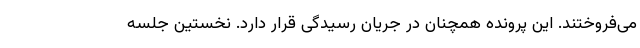
می‌فروختند. این پرونده همچنان در جریان رسیدگی قرار دارد. نخستین جلسه